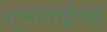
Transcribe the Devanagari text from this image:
शुभाताईंच्या